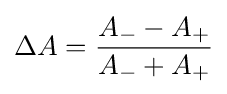
\Delta A={\frac {A_{-}-A_{+}}{A_{-}+A_{+}}}